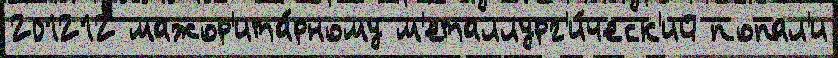
201212 мажор'ита́рному м'еталлург'и́ческ'ий попал'и